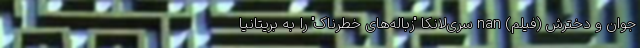
جوان و دخترش (فیلم) nan سری‌لانکا "زباله‌های خطرناک" را به بریتانیا